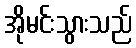
အိုမင်းသွားသည်